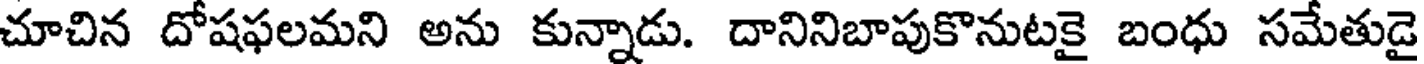
చూచిన దోషఫలమని అను కున్నాడు. దానినిబాపుకొనుటకై బంధు సమేతుడై